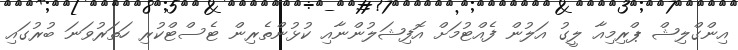
އިންގްލިޝް ޕްރިމިއާ ލީގު އަލުން ފެއްޓުމަށް އޮފިޝަލުންނާއި ކުޅުންތެރިން ޓެސްޓްކުރި ހަތަރުވަނަ ބުރުގައި